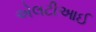
એલટીઆઈ